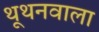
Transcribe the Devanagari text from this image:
थूथनवाला